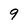
Character: 9